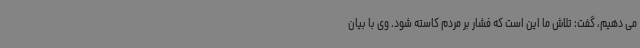
می دهیم، گفت: تلاش ما این است که فشار بر مردم کاسته شود. وی با بیان